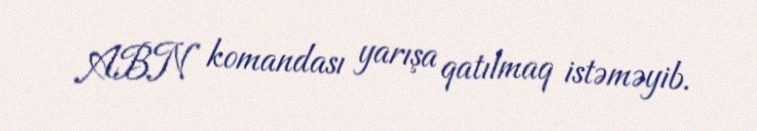
ABN komandası yarışa qatılmaq istəməyib.